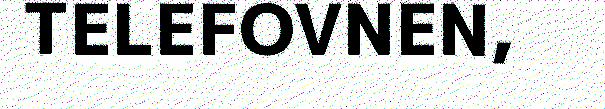
TELEFOVNEN,